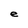
Character: e